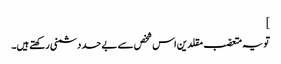
]
تویہ متعصّب مقلدین اس شخص سے بے حد دشمنی رکھتے ہیں۔